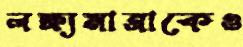
লক্ষ্যমাত্রাকেও